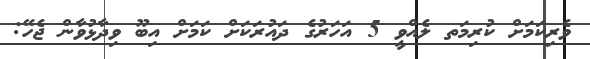
ވެރިކަމަށް ކުރިމަތ ލެއްވީ 5 އަހަރުގެ ދައުރަކަށް ކަމަށް އިބޫ ވިދާޅުވާން ޖެހޭ: